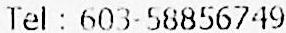
TEL : 603-58856749